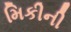
મિકીની